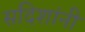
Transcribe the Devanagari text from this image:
सदिशांनी